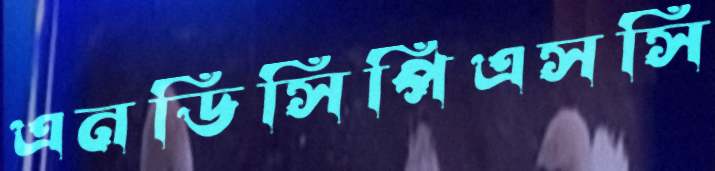
এনডিসিপিএসসি